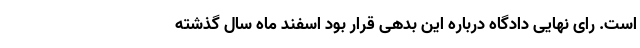
است. رای نهایی دادگاه درباره این بدهی قرار بود اسفند ماه سال گذشته